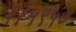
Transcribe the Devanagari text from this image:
६१५९५७